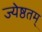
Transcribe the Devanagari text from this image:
ज्येष्ठतम्